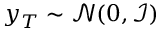
y _ { T } \sim \mathcal { N } ( 0 , \mathcal { I } )